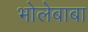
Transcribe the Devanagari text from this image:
भोलेबाबा